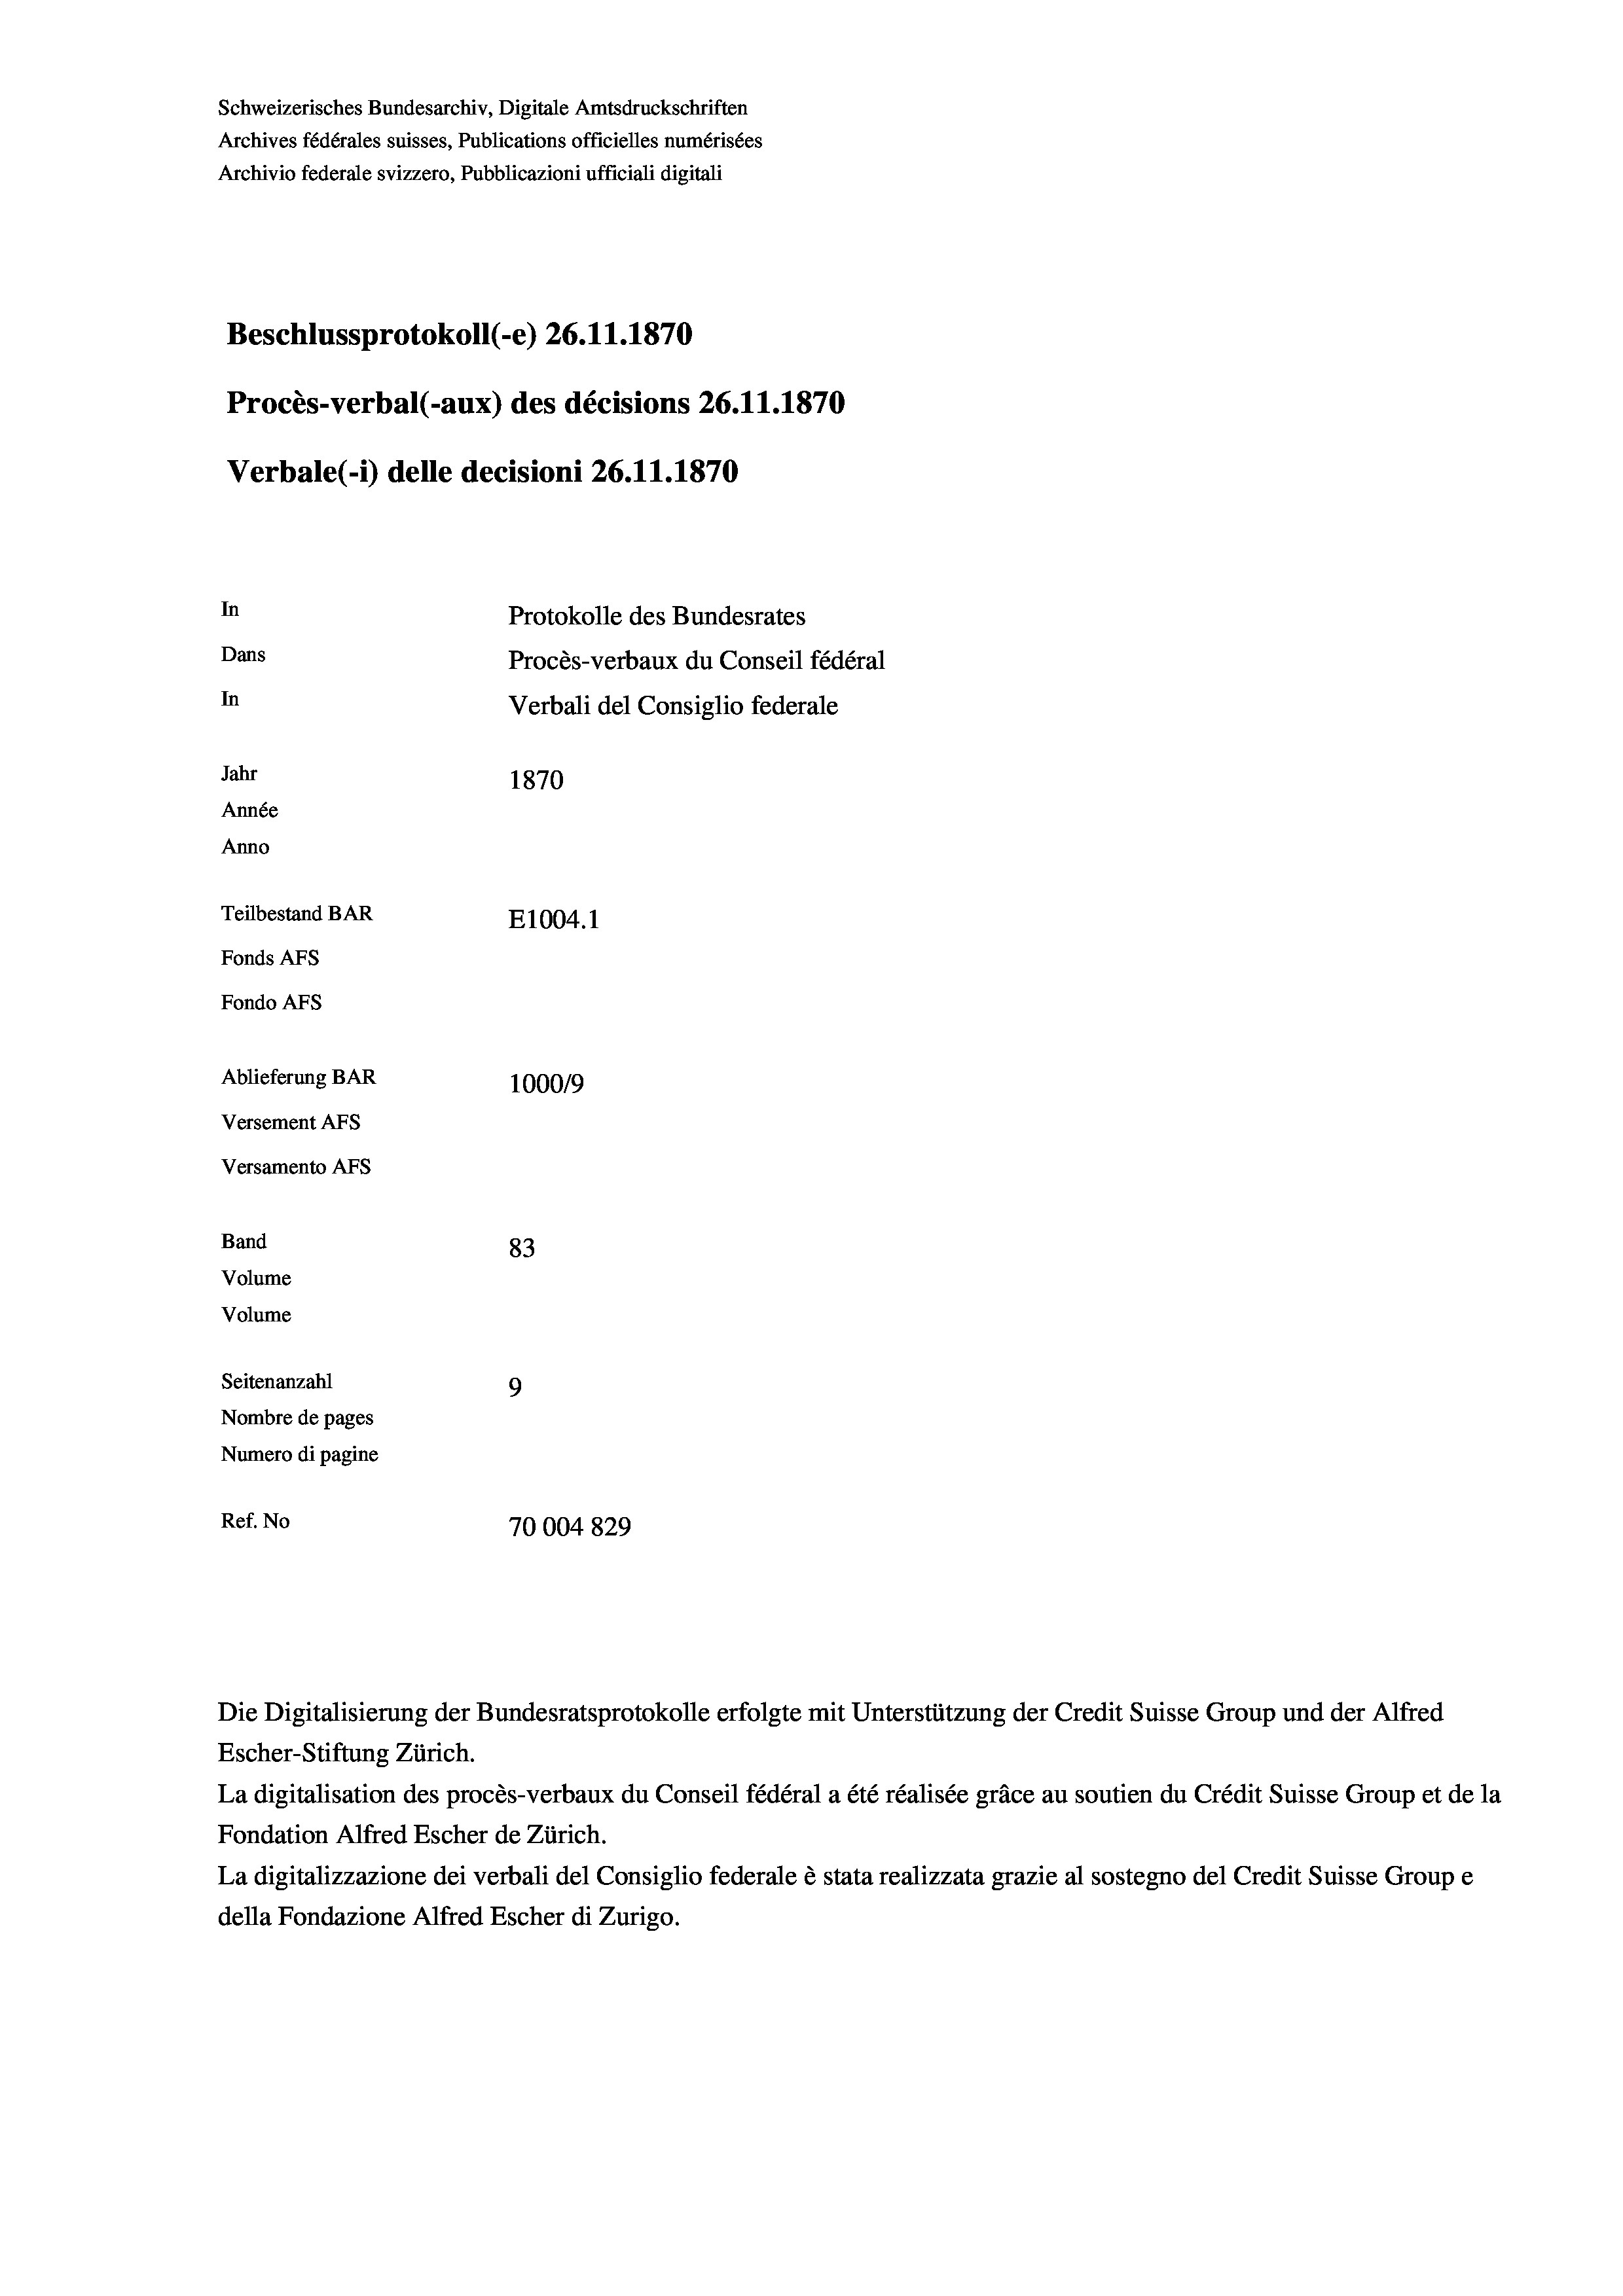
Schweizerisches Bundesarchiv, Digitale Amtsdruckschriften
Archives fédérales suisses, Publications officielles numérisées
Archivio federale svizzero, Pubblicazioni ufficiali digitali
Beschlussprotokoll (-e) 26.11.1870
Procès-verbal (-aux) des décisions 26.11.1870
Verbale(-*) delle decisioni 26.11.1870
In
Protokolle des Bundesrates
Dans
Procès-verbaux du Conseil fédéral
In
Verbali del Consiglio federale
Jahr
1870
Année
Anno
Teilbestand BAR
E1004.1
Fonds AFs
Fondo AFs
Ablieferung BAR
100019
Versement AFS
Versamento Afs
Band
83
Volume
Volume
Seitenanzahl
9
Nombre de pages
Numero di pagine
Ref. No
70004829

Escher-Stiftung Zürich.
La digitalisation des procès-verbaux du Conseil fédéral a été réalisée gräce au soutien du Crédit Suisse Group et de la
Fondation Alfred Escher de Zürich.
La digitalizzazione dei verbali del Consiglio federale è stata realizzata grazie al sostegno del Credit Suisse Groupe
della Fondazione Alfred Escher di Zurigo.

Die Digitalisierung der Bundesratsprotokolle erfolgte mit Unterstützung der Credit Suisse Group und der Alfred